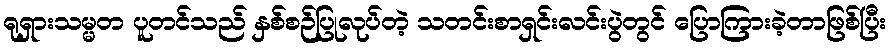
ရုရှားသမ္မတ ပူတင်သည် နှစ်စဉ်ပြုလုပ်တဲ့ သတင်းစာရှင်းလင်းပွဲတွင် ပြောကြားခဲ့တာဖြစ်ပြီး